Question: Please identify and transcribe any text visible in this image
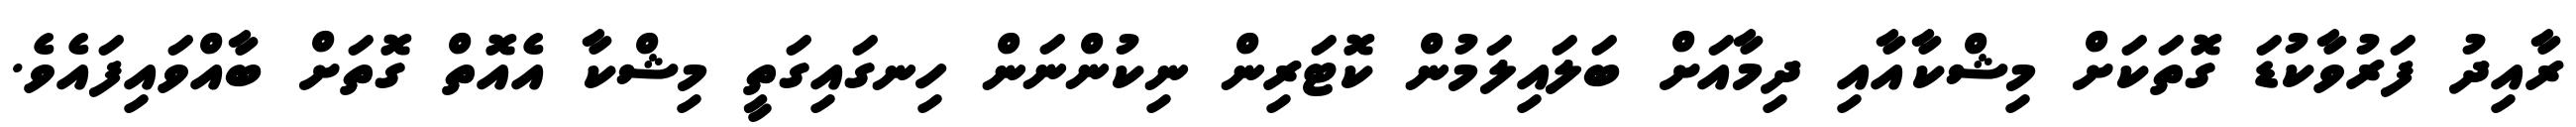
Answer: ރާއިދު ފަރުވާކުޑަ ގޮތަކަށް މިޝްކާއާއި ދިމާއަށް ބަލައިލަމުން ކޮޓަރިން ނިކުންނަން ހިނގައިގަތީ މިޝްކާ އެއޮތް ގޮތަށް ބާއްވައިފައެވެ.